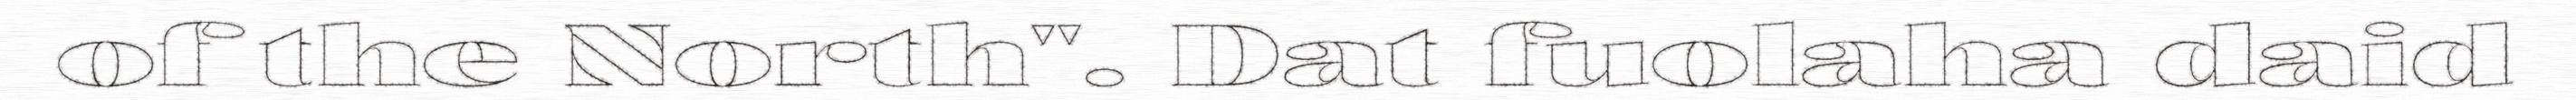
of the North". Dat fuolaha daid